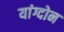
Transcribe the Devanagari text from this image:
यांग्दोन